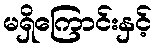
မရှိကြောင်းနှင့်